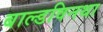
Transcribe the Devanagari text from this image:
बाल्डविनथा